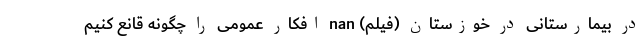
در بیمارستانی در خوزستان (فیلم) nan افکار عمومی را چگونه قانع کنیم